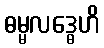
ဓမ္မလဒ္ဓေဟိ